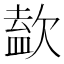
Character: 𣣹